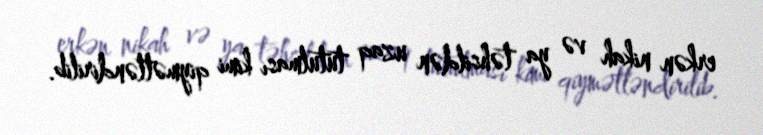
erkən nikah və ya təhsildən uzaq tutulması kimi qiymətləndirilib.